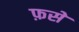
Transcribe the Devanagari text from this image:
फ़से